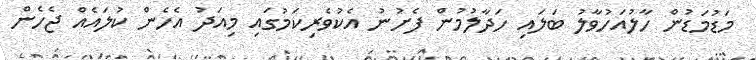
މަޑުމަޑުން ހާލުއަހުވާލު ބަލައި ހަދާލުމުން ފެށުނު އެކުވެރިކަމުގައި މިއަދު އެހެން ކުލައެއް ޖެހެން